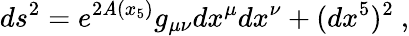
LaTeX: ds^{2}=e^{2\mathit{A}(x_{5})}g_{\mu\nu}dx^{\mu}dx^{\nu}+(dx^{5})^{2}~,